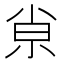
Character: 𡭴